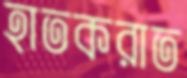
হাতকরাত